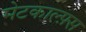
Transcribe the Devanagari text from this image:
मेटकाल्फ़्स